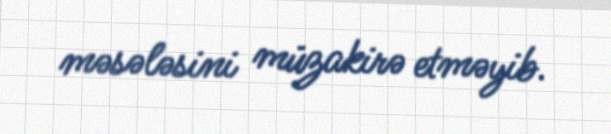
məsələsini müzakirə etməyib.